Leaving Certificate Examination, 1909
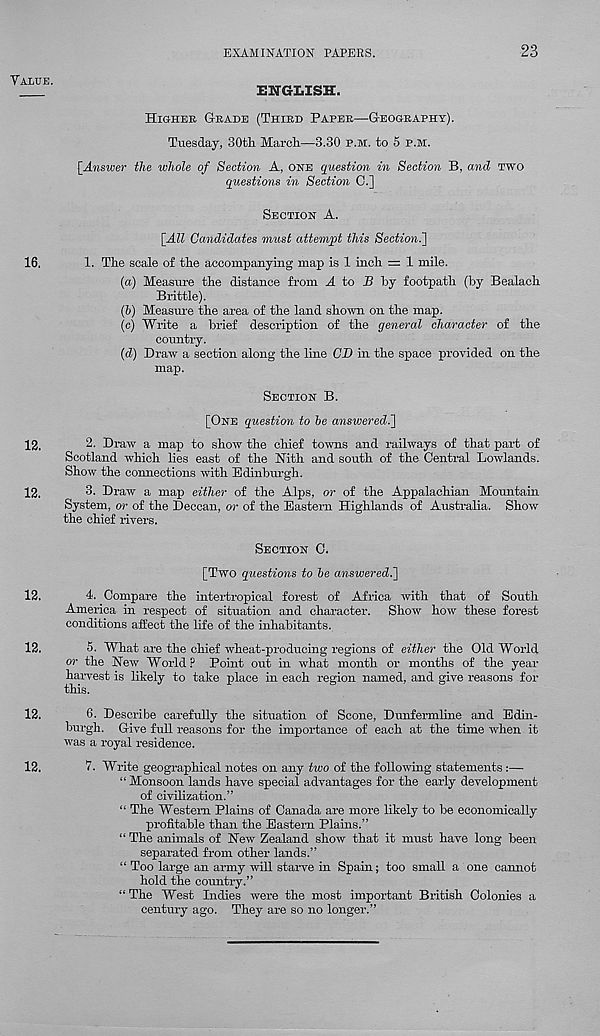
EXAMINATION PAPERS.
23
VALUE.
16.
12.
12.
12.
12.
12.
12.
ENGLISH.
HIGHER GRADE (THIRD PAPER—GEOGRAPHY).
Tuesday, 30tli Marcli—3.30 P.M. to 5 P.M.
[Answer the whole of Section A, ONE question in Section B, and TWO
questions in Section 0.]
SECTION A.
[All Candidates must attempt this Section^]
1.
The scale of the accompanying map is 1 inch — 1
(а) Measure the distance from A to .B by footpath (by Bealach
Brittle).
(б) Measure the area of the land shown on the map.
(c) Write a brief description of the general character of the
country.
(d) Draw a section along the line CD in the space provided on the
map.
SECTION B.
[ONE question to be answeredi]
2. Draw a map to show the chief towns and railways of that part of
Scotland which lies east of the Nith and south of the Central Lowlands.
Show the connections with Edinburgh.
3. Draw a map either of the Alps, or of the Appalachian Mountain
System, or of the Deccan, or of the Eastern Highlands of Australia. Show
the chief rivers.
SECTION 0.
[TWO questions to be answeredi]
4. Compare the intertropical forest of Africa with that of South
America in respect of situation and character. Show how these forest
conditions affect the life of the inhabitants.
5. What are the chief wheat-producing regions of either the Old World
or the New World? Point out in what month or months of the year
harvest is likely to take place in each region named, and give reasons for
this.
6. Describe carefully the situation of Scone, Dunfermline and Edin-
burgh. Give full reasons for the importance of each at the time when it
was a royal residence.
7. Write geographical notes on any two of the following statements:—
“ Monsoon lands have special advantages for the early development
of civilization.”
“ The Western Plains of Canada are more likely to be economically
profitable than the Eastern Plains.”
“ The animals of New Zealand show that it must have long been
separated from other lands.”
“ Too large an army will starve in Spain; too small a one cannot
hold the country.”
“ The West Indies were the most important British Colonies a
century ago. They are so no longer.”